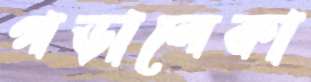
পড়ালেকা